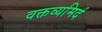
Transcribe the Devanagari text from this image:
वक्तव्यमिदं